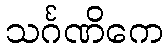
သင်္ဂဏိကေ